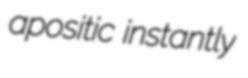
apositic instantly